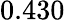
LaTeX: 0.430